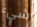
شيء